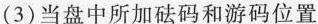
(3)当盘中所加砝码和游码位置